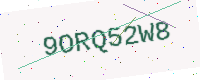
Text: 9ORQ52W8